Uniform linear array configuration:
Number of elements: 32
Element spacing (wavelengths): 0.5
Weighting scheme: blackman
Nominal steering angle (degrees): -60
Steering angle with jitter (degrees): -60.774
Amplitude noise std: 0.05
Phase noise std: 0.05

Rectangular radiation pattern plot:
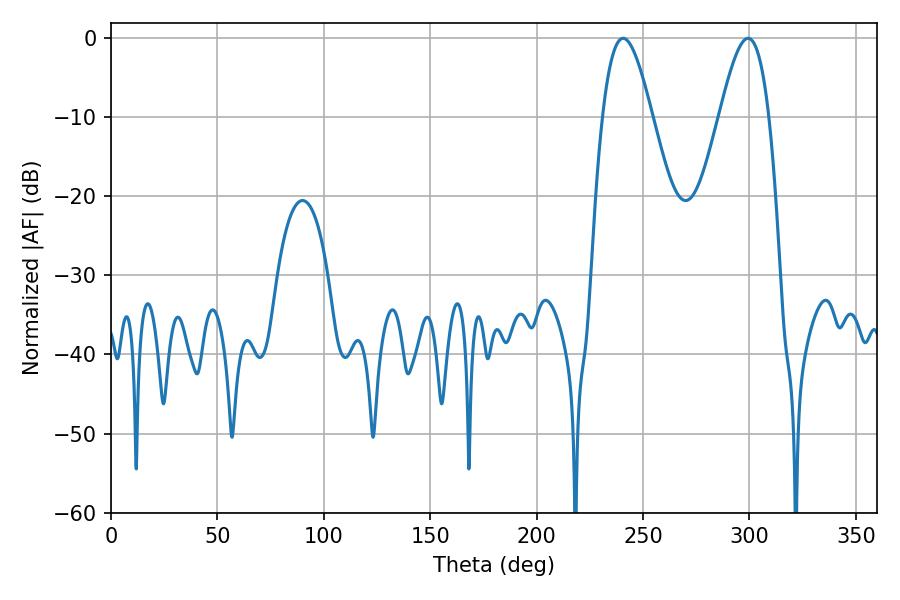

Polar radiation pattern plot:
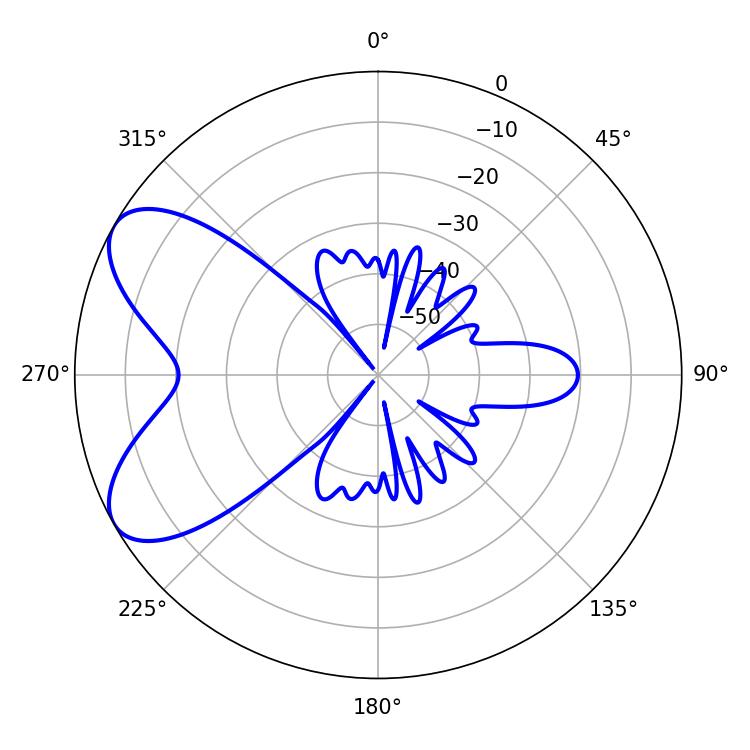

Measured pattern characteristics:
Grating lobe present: FALSE
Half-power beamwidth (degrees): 12.42
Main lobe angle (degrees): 240.66